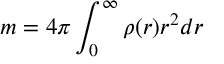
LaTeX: m = 4 \pi \int _ { 0 } ^ { \infty } { \rho ( r ) r ^ { 2 } d r }